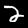
Label: 2